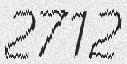
2712